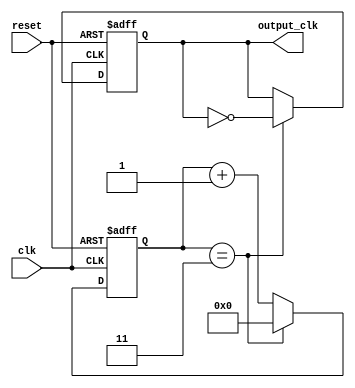
module clock_divider (
    input wire clk,
    input wire reset,
    output reg output_clk
);

reg [N-1:0] counter;

parameter N = 4; // specify the division factor

always @(posedge clk or posedge reset) begin
    if (reset) begin
        counter <= 0;
        output_clk <= 0;
    end else begin
        if (counter == N-1) begin
            counter <= 0;
            output_clk <= ~output_clk;
        end else begin
            counter <= counter + 1;
        end
    end
end

endmodule